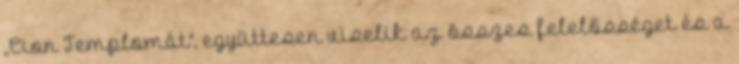
,,Cion Templomát", együttesen viselik az összes felelősséget és a